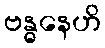
ဗန္ဓနေဟိ